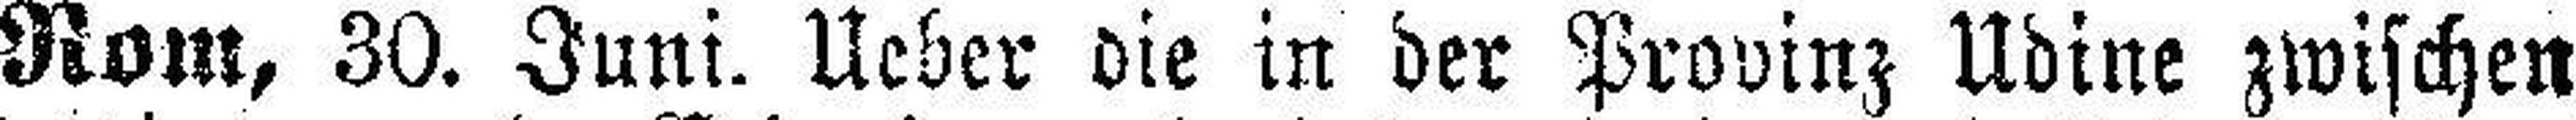
Rom, 30. Juni. Ueber die in der Provinz Udine zwischen